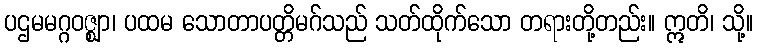
ပဌမမဂ္ဂဝဇ္ဈာ၊ ပထမ သောတာပတ္တိမဂ်သည် သတ်ထိုက်သော တရားတို့တည်း။ ဣတိ၊ သို့။